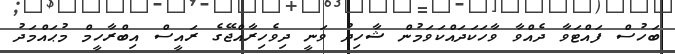
ބަހުސް ފައްޓަވާ ދެއްވާ ވާހަކަދައްކަވަމުން ޝާހިދު ވަނީ ދިވެހިރާއްޖޭގެ ރައީސް އިބްރާހީމް މުޙައްމަދު